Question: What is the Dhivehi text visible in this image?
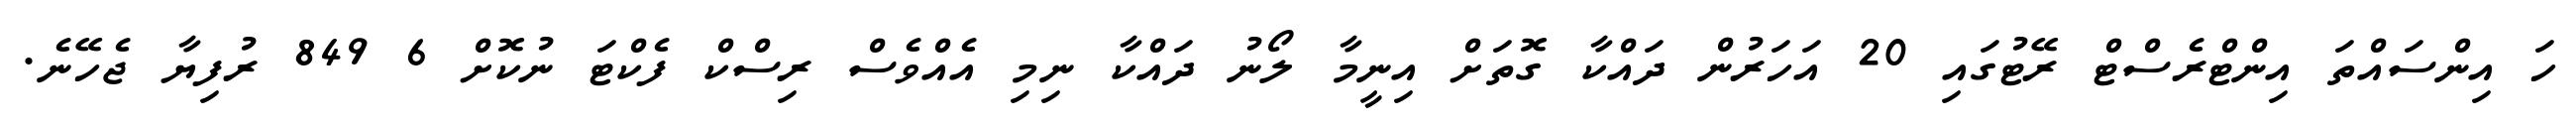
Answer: ހަ އިންސައްތަ އިންޓްރެސްޓް ރޭޓުގައި 20 އަހަރުން ދައްކާ ގޮތަށް އިނީމާ ލޯނު ދައްކާ ނިމި އެއްވެސް ރިސްކް ފެކްޓަ ނުކޮށް 6 849 ރުފިޔާ ޖެހޭނެ.